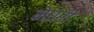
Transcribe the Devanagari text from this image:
मेघरी